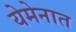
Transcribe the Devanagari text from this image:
येमेनात